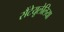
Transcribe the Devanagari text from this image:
सैंटेयूलेलिया